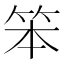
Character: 笨